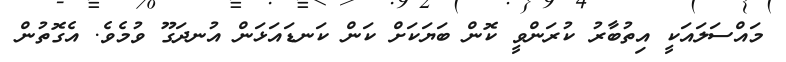
މައްސަލައަކީ އިތުބާރު ކުރަންވީ ކޮން ބަޔަކަށް ކަން ކަނޑައަޅަން އުނދަގޫ ވުމެވެ. އެގޮތުން